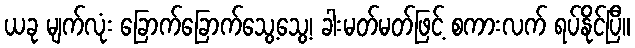
ယခု မျက်လုံး ခြောက်ခြောက်သွေ့သွေ့၊ ခါးမတ်မတ်ဖြင့် စကားလက် ရပ်နိုင်ပြီ။